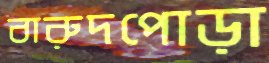
বারুদপোড়া